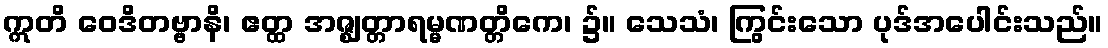
ဣတိ ဝေဒိတဗ္ဗာနိ၊ ဧတ္ထ အဇ္ဈတ္တာရမ္မဏတ္တိကေ၊ ၌။ သေသံ၊ ကြွင်းသော ပုဒ်အပေါင်းသည်။